Indian journal of veterinary science and animal husbandry - Volume 5,
Year: 1935
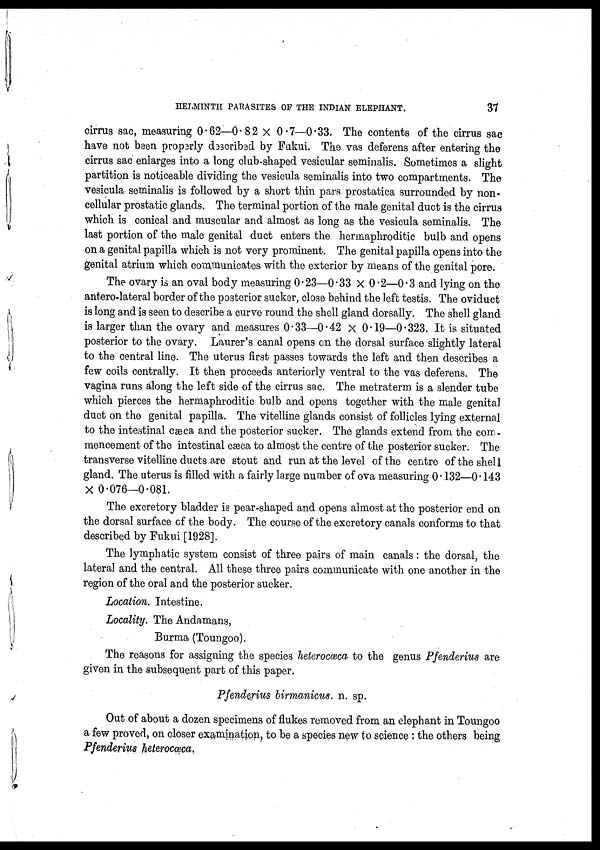
HELMINTH PARASITES OF THE INDIAN ELEPHANT.
37
cirrus sac, measuring 0.62—0.82 × 0.7—0.33. The contents of the cirrus sac
have not been properly described by Fukui. The vas deferens after entering the
cirrus sac enlarges into a long club-shaped vesicular seminalis. Sometimes a slight
partition is noticeable dividing the vesicula seminalis into two compartments. The
vesicula seminalis is followed by a short thin pars prostatica surrounded by non-
cellular prostatic glands. The terminal portion of the male genital duct is the cirrus
which is conical and muscular and almost as long as the vesicula seminalis. The
last portion of the male genital duct enters the hermaphroditic bulb and opens
on a genital papilla which is not very prominent. The genital papilla opens into the
genital atrium which communicates with the exterior by means of the genital pore.
The ovary is an oval body measuring 0.23—0.33 × 0.2—0.3 and lying on the
antero-lateral border of the posterior sucker, close behind the left testis. The oviduct
is long and is seen to describe a curve round the shell gland dorsally. The shell gland
is larger than the ovary and measures 0.33—0.42 × 0.19—0.323. It is situated
posterior to the ovary. Laurer's canal opens on the dorsal surface slightly lateral
to the central line. The uterus first passes towards the left and then describes a
few coils centrally. It then proceeds anteriorly ventral to the vas deferens. The
vagina runs along the left side of the cirrus sac. The metraterm is a slender tube
which pierces the hermaphroditic bulb and opens together with the male genital
duct on the genital papilla. The vitelline glands consist of follicles lying external
to the intestinal cæca and the posterior sucker. The glands extend from the com-
mencement of the intestinal cæca to almost the centre of the posterior sucker. The
transverse vitelline ducts are stout and run at the level of the centre of the shell
gland. The uterus is filled with a fairly large number of ova measuring 0.132—0.143
× 0.076—0.081.
The excretory bladder is pear-shaped and opens almost at the posterior end on
the dorsal surface of the body. The course of the excretory canals conforms to that
described by Fukui [1928].
The lymphatic system consist of three pairs of main canals : the dorsal, the
lateral and the central. All these three pairs communicate with one another in the
region of the oral and the posterior sucker.
Location. Intestine.
Locality. The Andamans,
Burma (Toungoo).
The reasons for assigning the species heterocœca to the genus Pfenderius are
given in the subsequent part of this paper.
Pfenderius birmanicus. n. sp.
Out of about a dozen specimens of flukes removed from an elephant in Toungoo
a few proved, on closer examination, to be a species new to science : the others being
Pfenderius heterocœca.